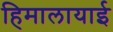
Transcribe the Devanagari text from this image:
हिमालायाई